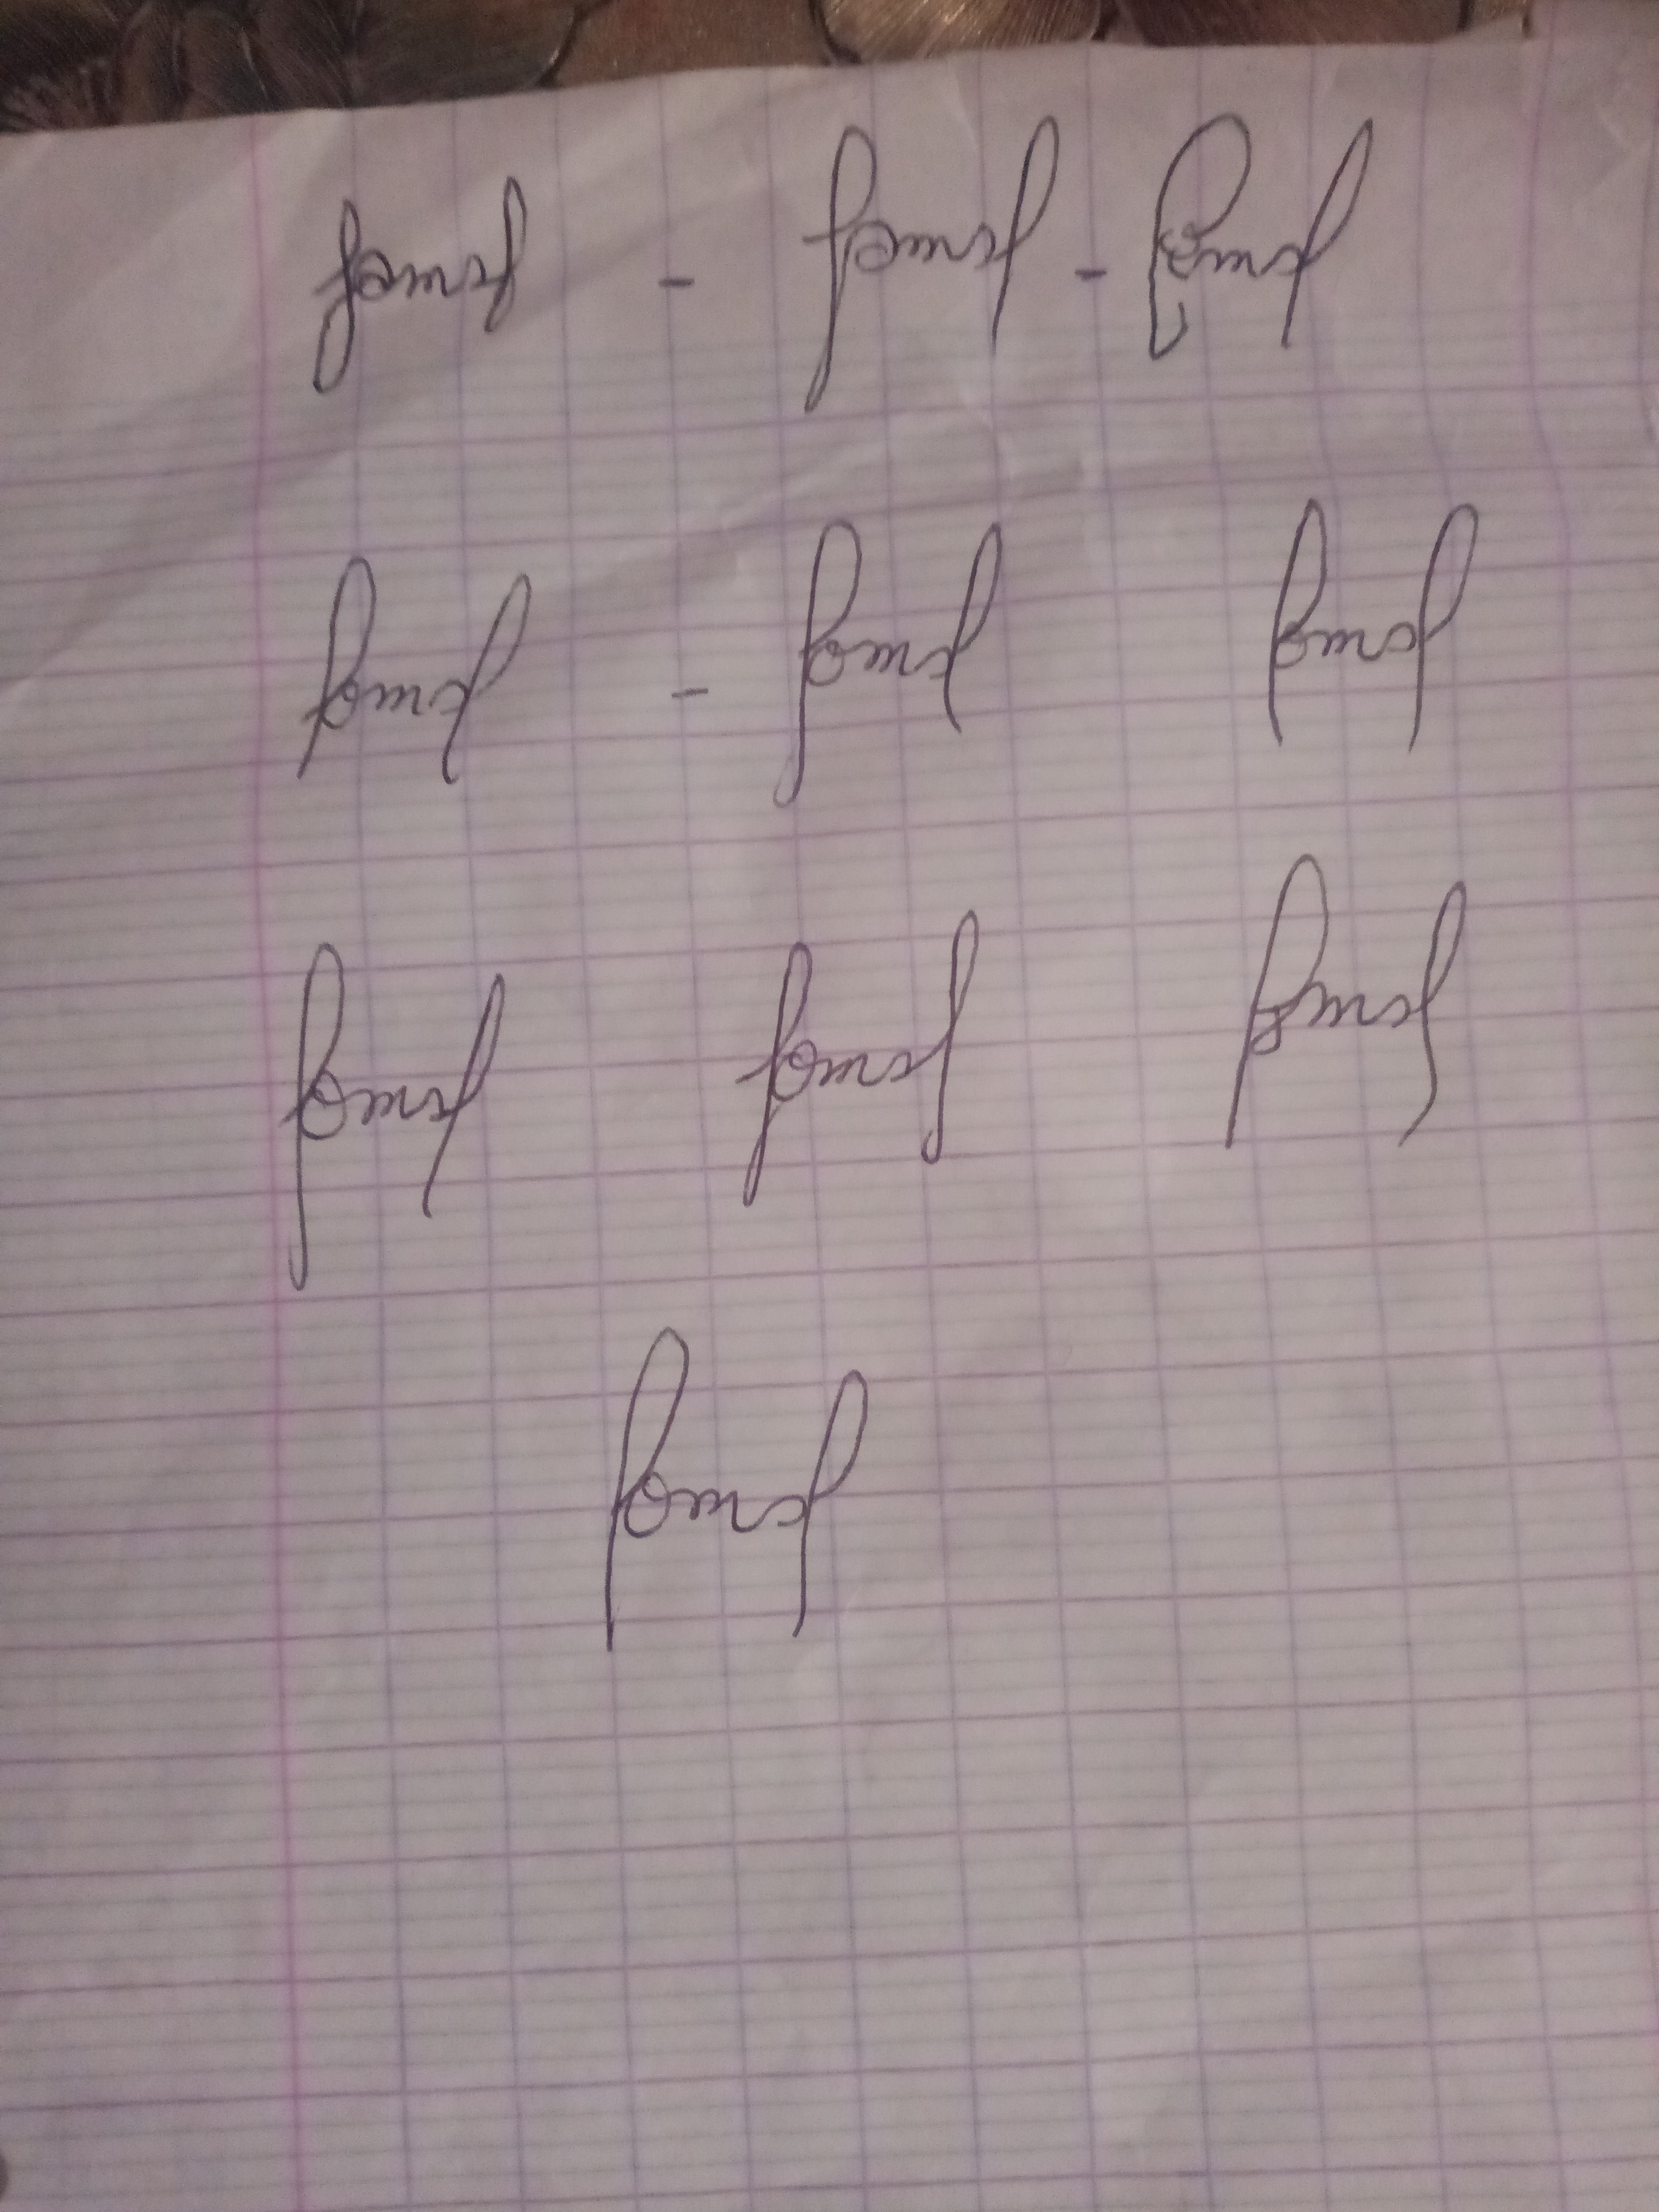
Signature authenticity: forged